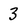
Character: 3